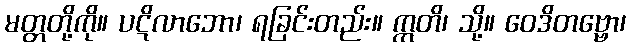
မတ္တတို့ကို။ ပဋိလာဘော၊ ရခြင်းတည်း။ ဣတိ၊ သို့။ ဝေဒိတဗ္ဗော၊